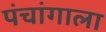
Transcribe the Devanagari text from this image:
पंचांगाला